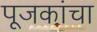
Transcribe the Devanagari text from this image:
पूजकांचा